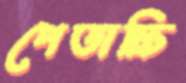
পেতাচ্চি